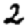
Digit: 2